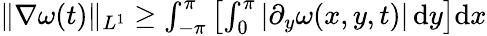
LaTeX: \begin{array}{r}{\Vert\nabla\omega(t)\Vert_{L^{1}}\ge\int_{-\pi}^{\pi}\left[\int_{0}^{\pi}|\partial_{y}\omega(x,y,t)|\, \mathrm{d}y\right]\mathrm{d}x}\end{array}